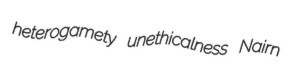
heterogamety unethicalness Nairn